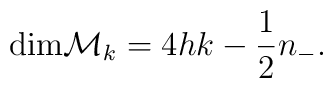
{\rm dim}{\cal M}_k=4hk -{1\over 2}n_-.